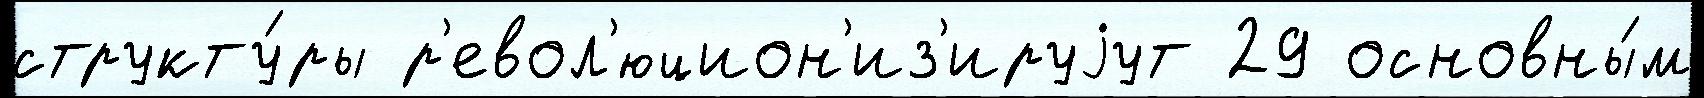
структу́ры р'евол'юцион'из'ируjут 29 основны́м